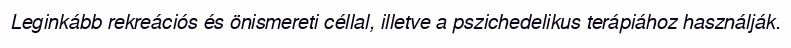
Leginkább rekreációs és önismereti céllal, illetve a pszichedelikus terápiához használják.